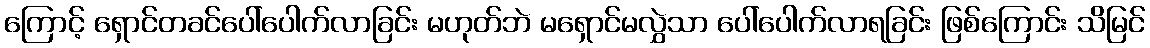
ကြောင့် ရှောင်တခင်ပေါ်ပေါက်လာခြင်း မဟုတ်ဘဲ မရှောင်မလွှဲသာ ပေါ်ပေါက်လာရခြင်း ဖြစ်ကြောင်း သိမြင်